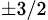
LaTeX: _{\pm 3/2}